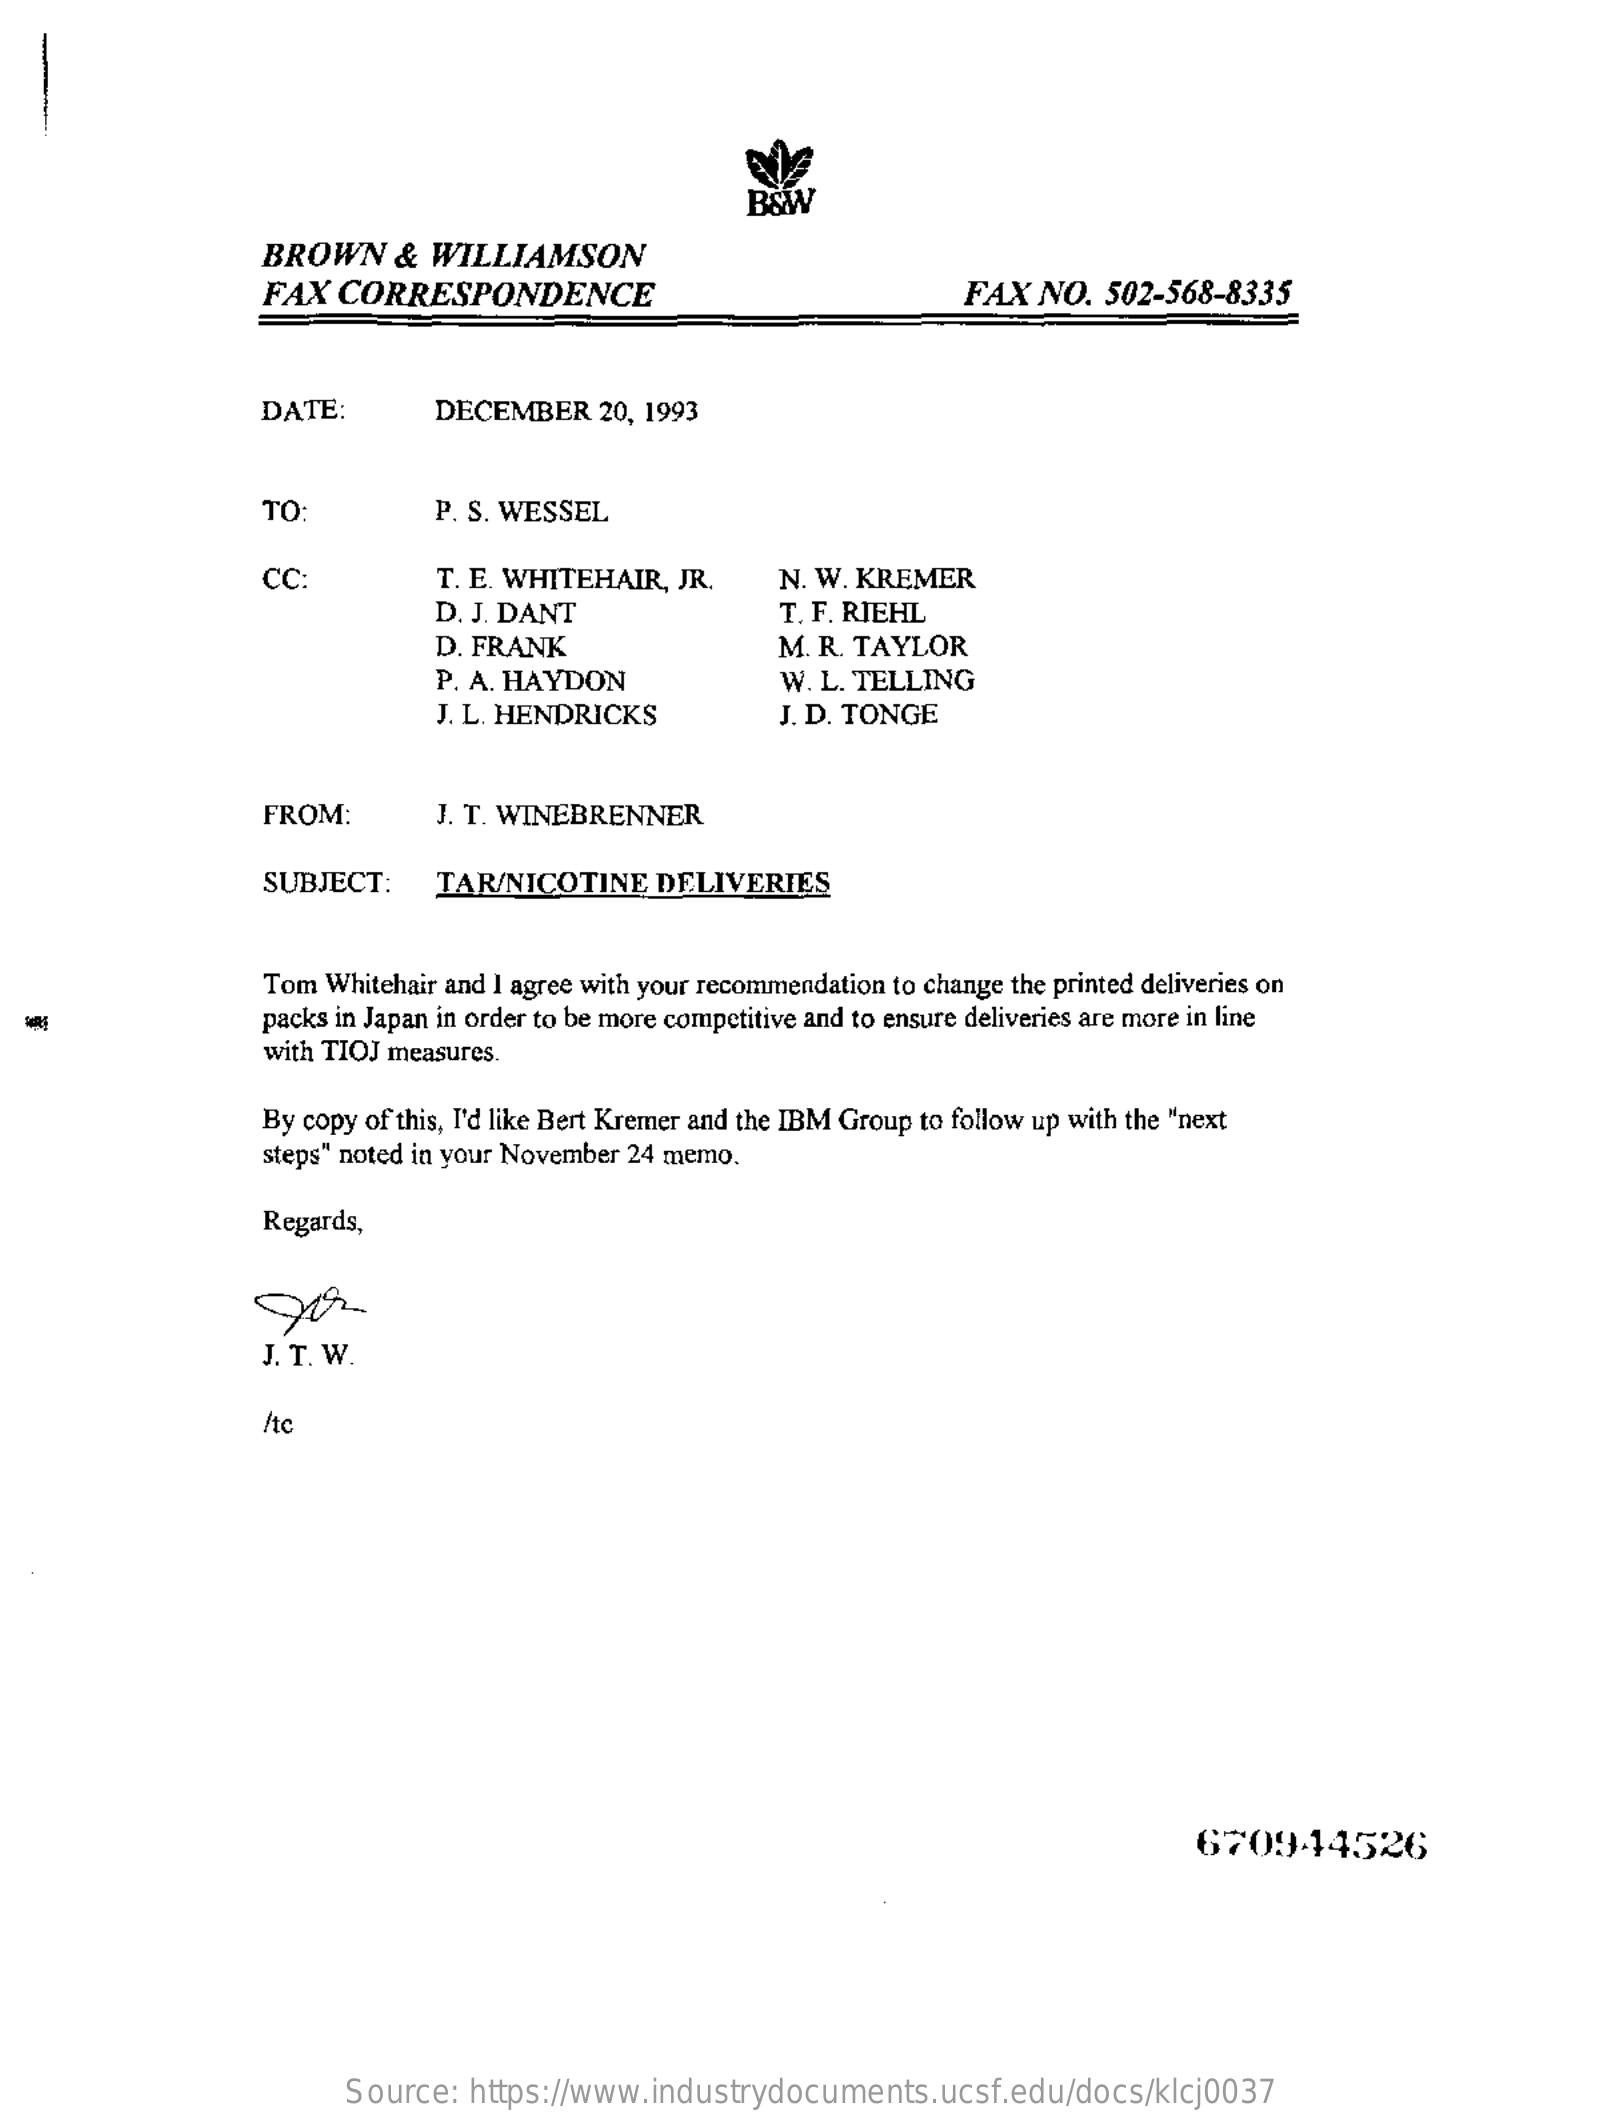
B&W
     BROWN    &  WILLIAMSON
     FAX  CORRESPONDENCE    FAX  NO.  502-568-8335
     DATE:    DECEMBER    20, 1993
     TO    P. S. WESSEL
     CC:    T. E. WHITEHAIR, JR.    N. W. KREMER
     D. J. DANT    T. F. RIEHL
     D. FRANK    M. R. TAYLOR
     P. A. HAYDON    W. L. TELLING
     J. L. HENDRICKS    J. D. TONGE
     FROM:    J. T. WINEBRENNER
     SUBJECT:    TAR/NICOTINE    DELIVERIES
     Tom Whitehair and I agree with your recommendation to change the printed deliveries on
     packs in Japan in order to be more competitive and to ensure deliveries are more in line
     with TIOJ measures.
     By copy of this, I'd like Bert Kremer and the IBM Group to follow up with the "next
     steps" noted in your November 24 memo.
     Regards,
     J. T. W.
     /tc
     670944526
     Source:  https://www.industrydocuments.ucsf.edu/docs/klcj0037